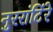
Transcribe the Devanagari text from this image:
नुररांटिंरे